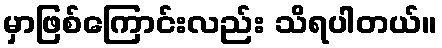
မှာဖြစ်ကြောင်းလည်း သိရပါတယ်။